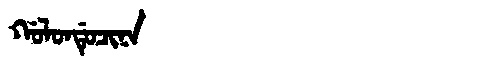
Manchu: ᡤᠣᠯᠣᠨᡩᡠᠴᡳᠨᠠ
Romanization: GOLONDUCINA